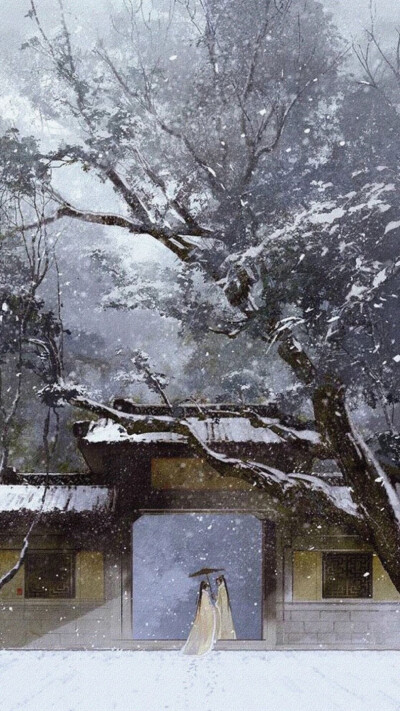
万里浮云卷碧山，青天中道流孤月。